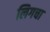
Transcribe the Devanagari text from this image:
लिगचा